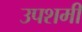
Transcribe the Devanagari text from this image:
उपशमी